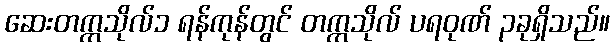
ဆေးတက္ကသိုလ်၁ ရန်ကုန်တွင် တက္ကသိုလ် ပရဝုဏ် ၃ခုရှိသည်။